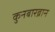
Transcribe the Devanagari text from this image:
कुनबारब्रान